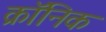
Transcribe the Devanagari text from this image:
क्राॅनिक